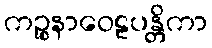
ကဉ္စနာဝေဠပန္တိကာ